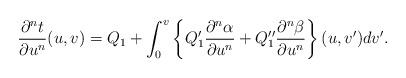
LaTeX: \begin{align*} \frac{\partial^nt}{\partial u^n}(u,v)=Q_1+\int_0^v\left\{Q_1'\frac{\partial^n\alpha}{\partial u^n}+Q_1''\frac{\partial^n\beta}{\partial u^n}\right\}(u,v')dv'.\end{align*}